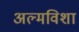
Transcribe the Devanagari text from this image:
अल्मविशा